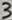
Text: 3